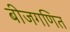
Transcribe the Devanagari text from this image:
बीजगणित